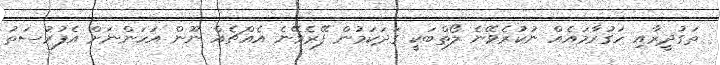
ތަގުދީރާއި ހަގުރާމައެއް ނުކުރެވޭނެ ލޯތްބަކީ ގަދަކަމުން ފޭރެވޭނެ އެއްޗެއް ނޫން އަހަންނަށް އެފުރުސަތު